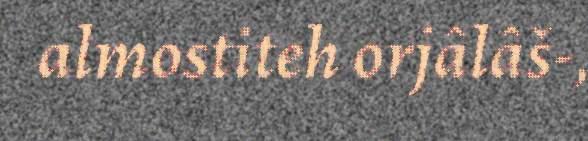
almostiteh orjâlâš-,